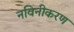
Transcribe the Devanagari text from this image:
नविनीकरण